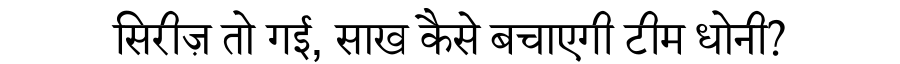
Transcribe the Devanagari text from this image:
सिरीज़ तो गई, साख कैसे बचाएगी टीम धोनी?